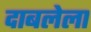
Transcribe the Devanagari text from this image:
दाबलेला